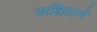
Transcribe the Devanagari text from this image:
सन्निधाने